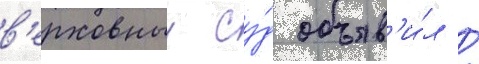
в'ерховныи су́д объяв'и́л /